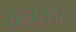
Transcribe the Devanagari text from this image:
यन्त्रसर्वस्व